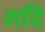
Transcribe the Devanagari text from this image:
शदि